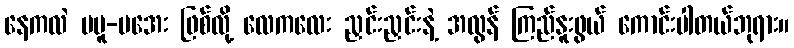
နေကလဲ မပူ-မအေး ဖြစ်လို့ လေကလေး ညှင်းညှင်းနဲ့ အလွန် ကြည်နူးဖွယ် ကောင်းပါတယ်ဘုရား။